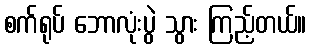
စက်ရုပ် ဘောလုံးပွဲ သွား ကြည့်တယ်။